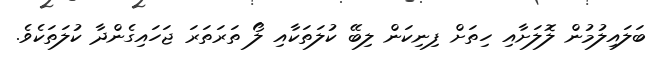
ބަލައިލުމުން ލޮލަށާއި ހިތަށް ފިނިކަން ލިބޭ ކުލަތަކާއި ލޯ ތަރަތަރަ ޖަހައިގެންދާ ކުލަތަކެވެ.